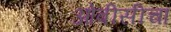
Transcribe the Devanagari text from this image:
ओबीसीचा